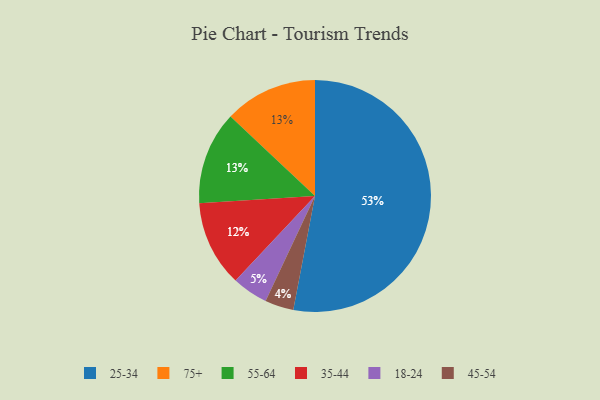
{"axis": {"x": "Category", "y": "Percentage"}, "legend": ["18-24", "25-34", "35-44", "45-54", "55-64", "75+"], "data": [{"x": "45-54", "y": 4, "type": "45-54"}, {"x": "18-24", "y": 5, "type": "18-24"}, {"x": "35-44", "y": 12, "type": "35-44"}, {"x": "75+", "y": 13, "type": "75+"}, {"x": "55-64", "y": 13, "type": "55-64"}, {"x": "25-34", "y": 53, "type": "25-34"}]}